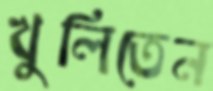
খুলিতেন